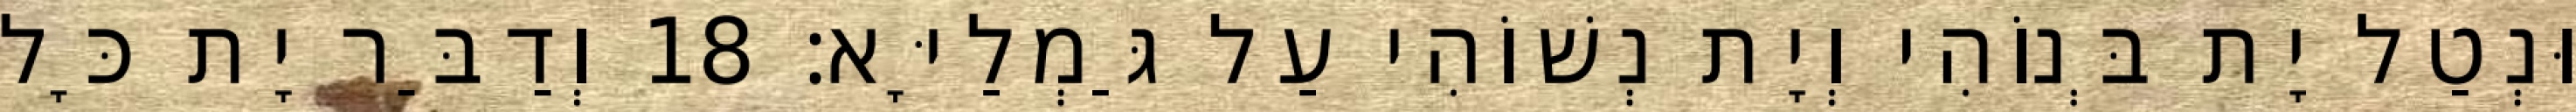
וּנְטַל יָת בְּנוֹהִי וְיָת נְשׁוֹהִי עַל גַּמְלַיָּא׃ 18 וְדַבַּר יָת כָּל